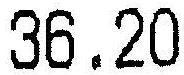
36.20